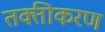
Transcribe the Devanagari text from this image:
तक्तीकरण